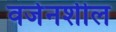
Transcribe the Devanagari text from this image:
वर्जनशील